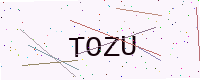
Text: TOZU